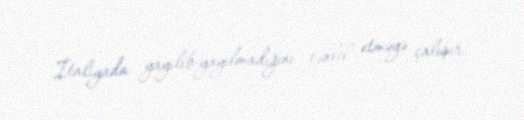
İtaliyada yayılıb-yayılmadığını təhlil etməyə çalışır.